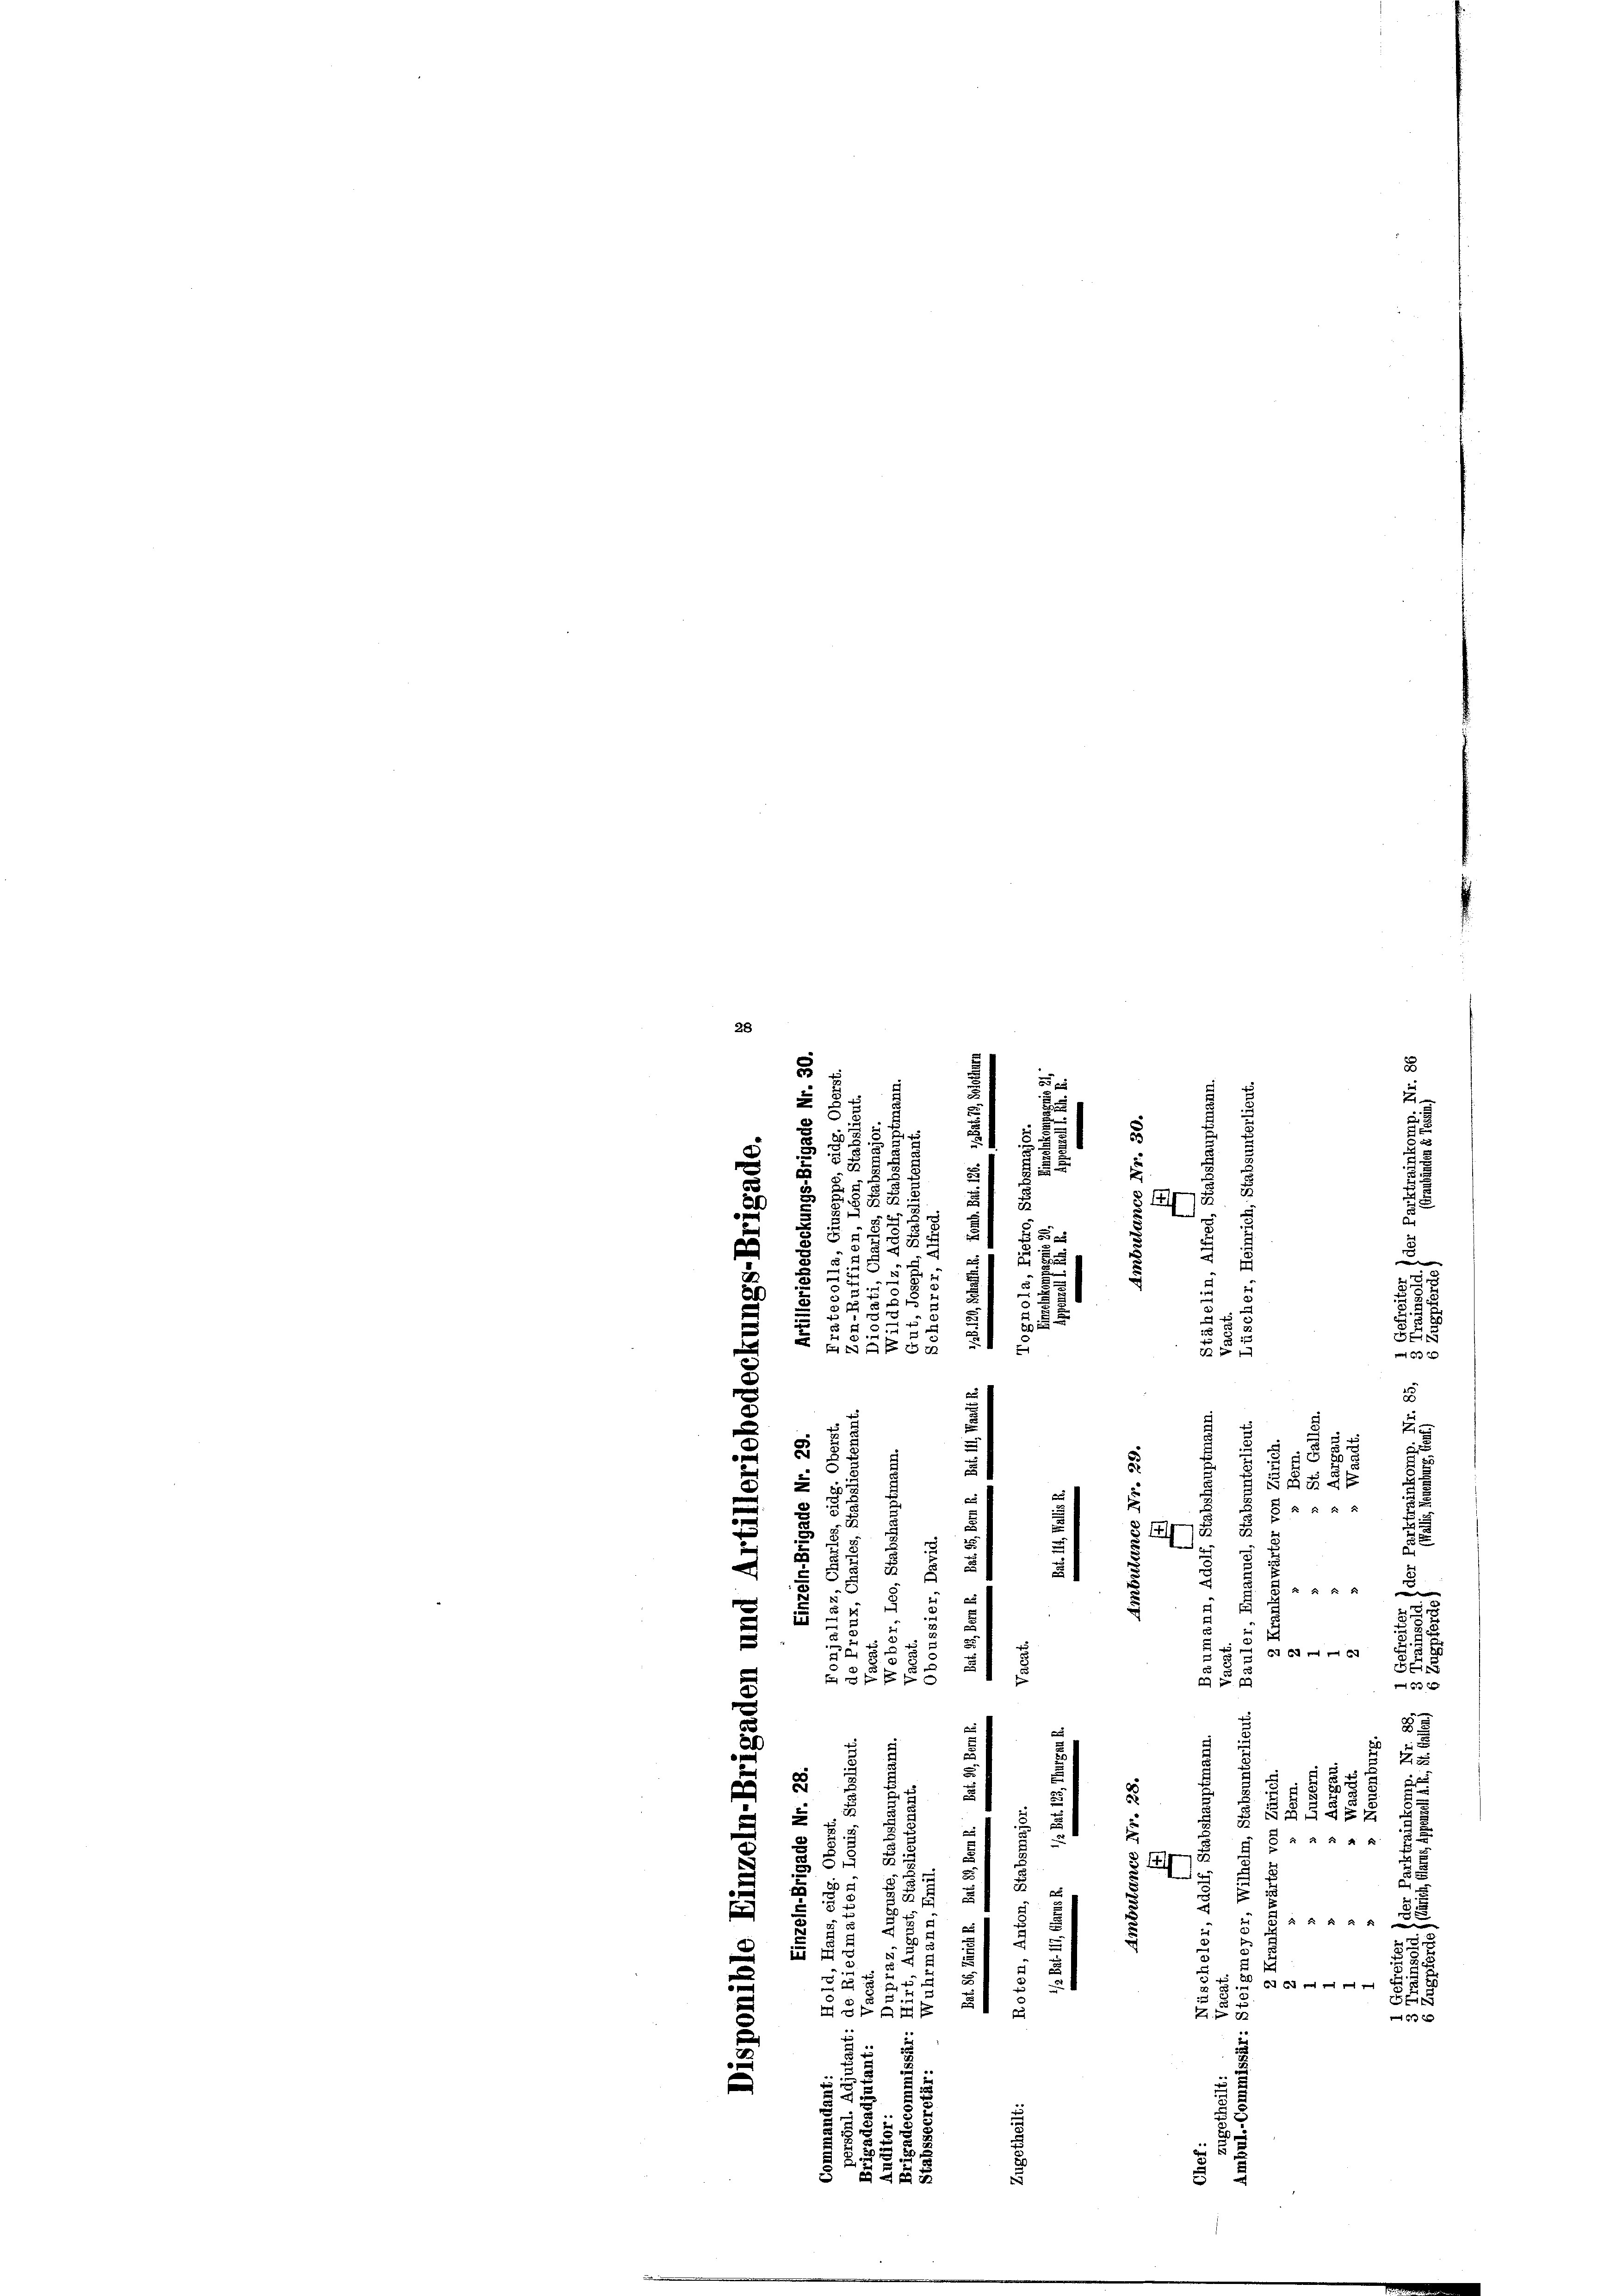
28

u
e
u
e
.
e
u

u

1
8
n
.
d
5
2
i
3
2
2
3.
e
e
1
e
u
2.
d
g
2
535
u
2

e
5
5

x

 24 x
x
d

 x
c
i
u
e
u
.
2
0
 58 x
s
u
s
u
89
2
n
f
u

e

8
u
5
8
 Eu
2
e
x
.
¬
.

2
3
f f 0 x
e
5
5
e
E
 676. 69
B
51 u
2 f 24 x

x
e
.

.
x
f
d
2
5
r
 54 x 2
¬
25
s
.
2
.

 24 x
5
genen ge
e
5
§ 141.

:

¬
2
 fr

u
d 2 f 12 t

2

r
.
in
52
s
c

5 x

.
5
u
2
M
 8
 x
2
2
g
.
2

.

e
n
3

d
8
554
.

.
.
¬
u
55

2